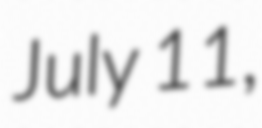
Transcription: July 11,